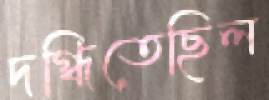
দগ্ধিতেছিল